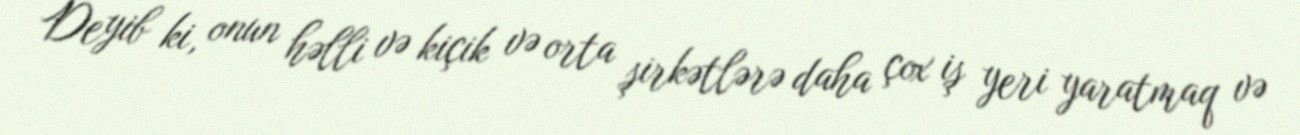
Deyib ki, onun həlli və kiçik və orta şirkətlərə daha çox iş yeri yaratmaq və